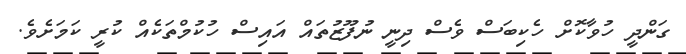
ގަންދީ ހުވާކޮށް ހެކިބަސް ވެސް ދިނީ ނުފޫޒުތައް އައިސް ހުކުމްތަކެއް ކުރީ ކަމަށެވެ.